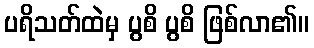
ပရိသတ်ထဲမှ ပွစိ ပွစိ ဖြစ်လာ၏။